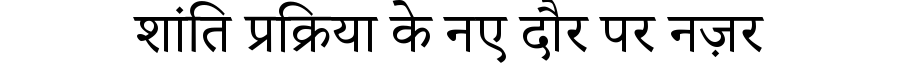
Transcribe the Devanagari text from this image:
शांति प्रक्रिया के नए दौर पर नज़र